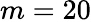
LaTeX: m=20